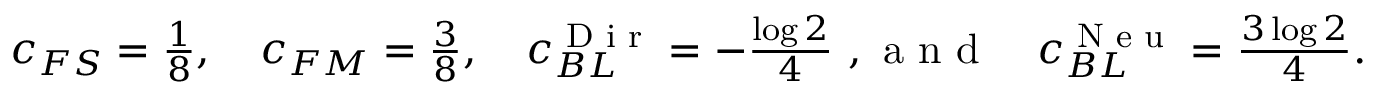
\begin{array} { r } { c _ { F S } = \frac { 1 } { 8 } , \quad c _ { F M } = \frac { 3 } { 8 } , \quad c _ { B L } ^ { \textnormal { D i r } } = - \frac { \log 2 } { 4 } \mathrm { ~ , ~ a ~ n ~ d ~ } \quad c _ { B L } ^ { \textnormal { N e u } } = \frac { 3 \log 2 } { 4 } . } \end{array}